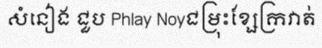
សំនៀង ជួប Phlay Noyជម្រុះខ្សែក្រវាត់